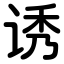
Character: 诱